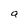
Character: a